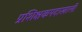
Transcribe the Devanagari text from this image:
प्रशिक्षकपदाखाली